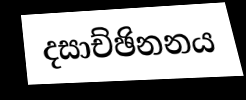
දසාච්ඡිනනය